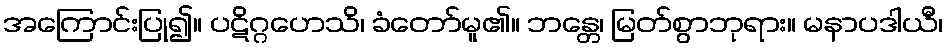
အကြောင်းပြု၍။ ပဋိဂ္ဂဟေသိ၊ ခံတော်မူ၏။ ဘန္တေ၊ မြတ်စွာဘုရား။ မနာပဒါယီ၊